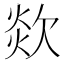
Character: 欻